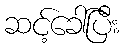
ဆင့်ခေါ်ပြီး